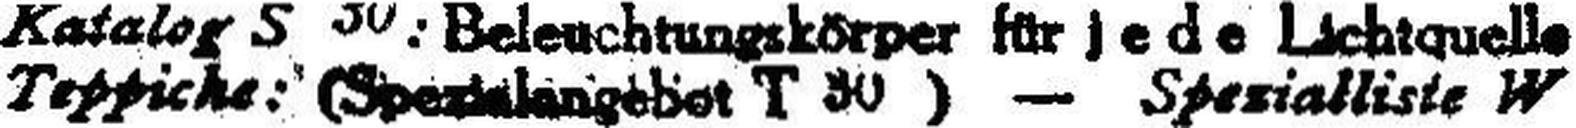
Teppiche: (Spe###langebot T 30) — Spezialliste W